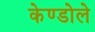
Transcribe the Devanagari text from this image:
केण्डोले